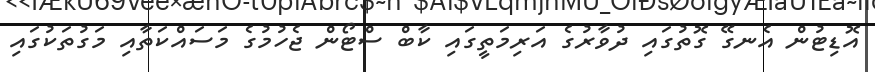
އޮޑިޓުން އެނގޭ ގޮތުގައި ދުވާރުގެ އަރިމަތީގައި ކާބް ސްޓޯން ޖެހުމުގެ މަސައްކަތާއި މަގުތަކުގައި